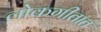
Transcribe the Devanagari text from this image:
लोकगीतात